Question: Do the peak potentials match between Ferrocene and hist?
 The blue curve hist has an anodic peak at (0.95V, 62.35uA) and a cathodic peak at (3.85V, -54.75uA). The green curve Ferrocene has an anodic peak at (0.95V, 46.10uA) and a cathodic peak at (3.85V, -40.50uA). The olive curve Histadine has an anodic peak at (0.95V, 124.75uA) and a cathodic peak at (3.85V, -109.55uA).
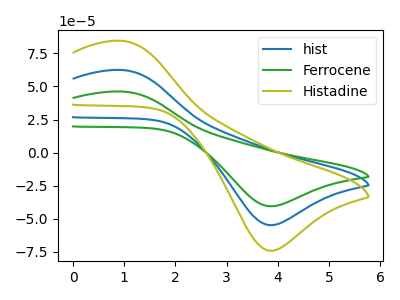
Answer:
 <answer>Yes, "Ferrocene" have a peak in "hist" at the same potential.</answer>
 <eval>match</eval>